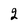
Character: 2